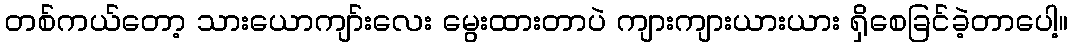
တစ်ကယ်တော့ သားယောကျာ်းလေး မွေးထားတာပဲ ကျားကျားယားယား ရှိစေခြင်ခဲ့တာပေါ့။